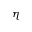
\eta